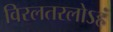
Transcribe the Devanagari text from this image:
विरलतरलोऽहं